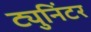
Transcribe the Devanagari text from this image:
ट्युनिंटर